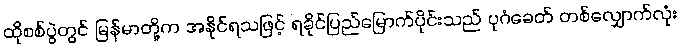
ထိုစစ်ပွဲတွင် မြန်မာတို့က အနိုင်ရသဖြင့် ရခိုင်ပြည်မြောက်ပိုင်းသည် ပုဂံခေတ် တစ်လျှောက်လုံး